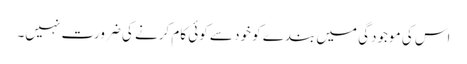
اس کی موجودگی میں بندے کو خود سے کوئی کام کرنے کی ضرورت نہیں۔